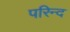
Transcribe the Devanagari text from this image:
परिन्द